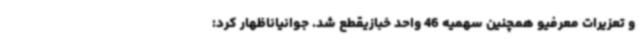
و تعزیرات معرفیو همچنین سهمیه 46 واحد خبازیقطع شد. جوانیاناظهار کرد: